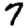
Digit: 7